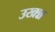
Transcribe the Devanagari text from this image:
उखन्न